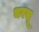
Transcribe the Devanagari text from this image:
धरसू